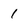
Character: 1